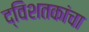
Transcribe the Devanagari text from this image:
द्विशतकांचा